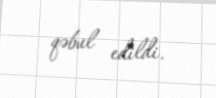
qəbul edildi.